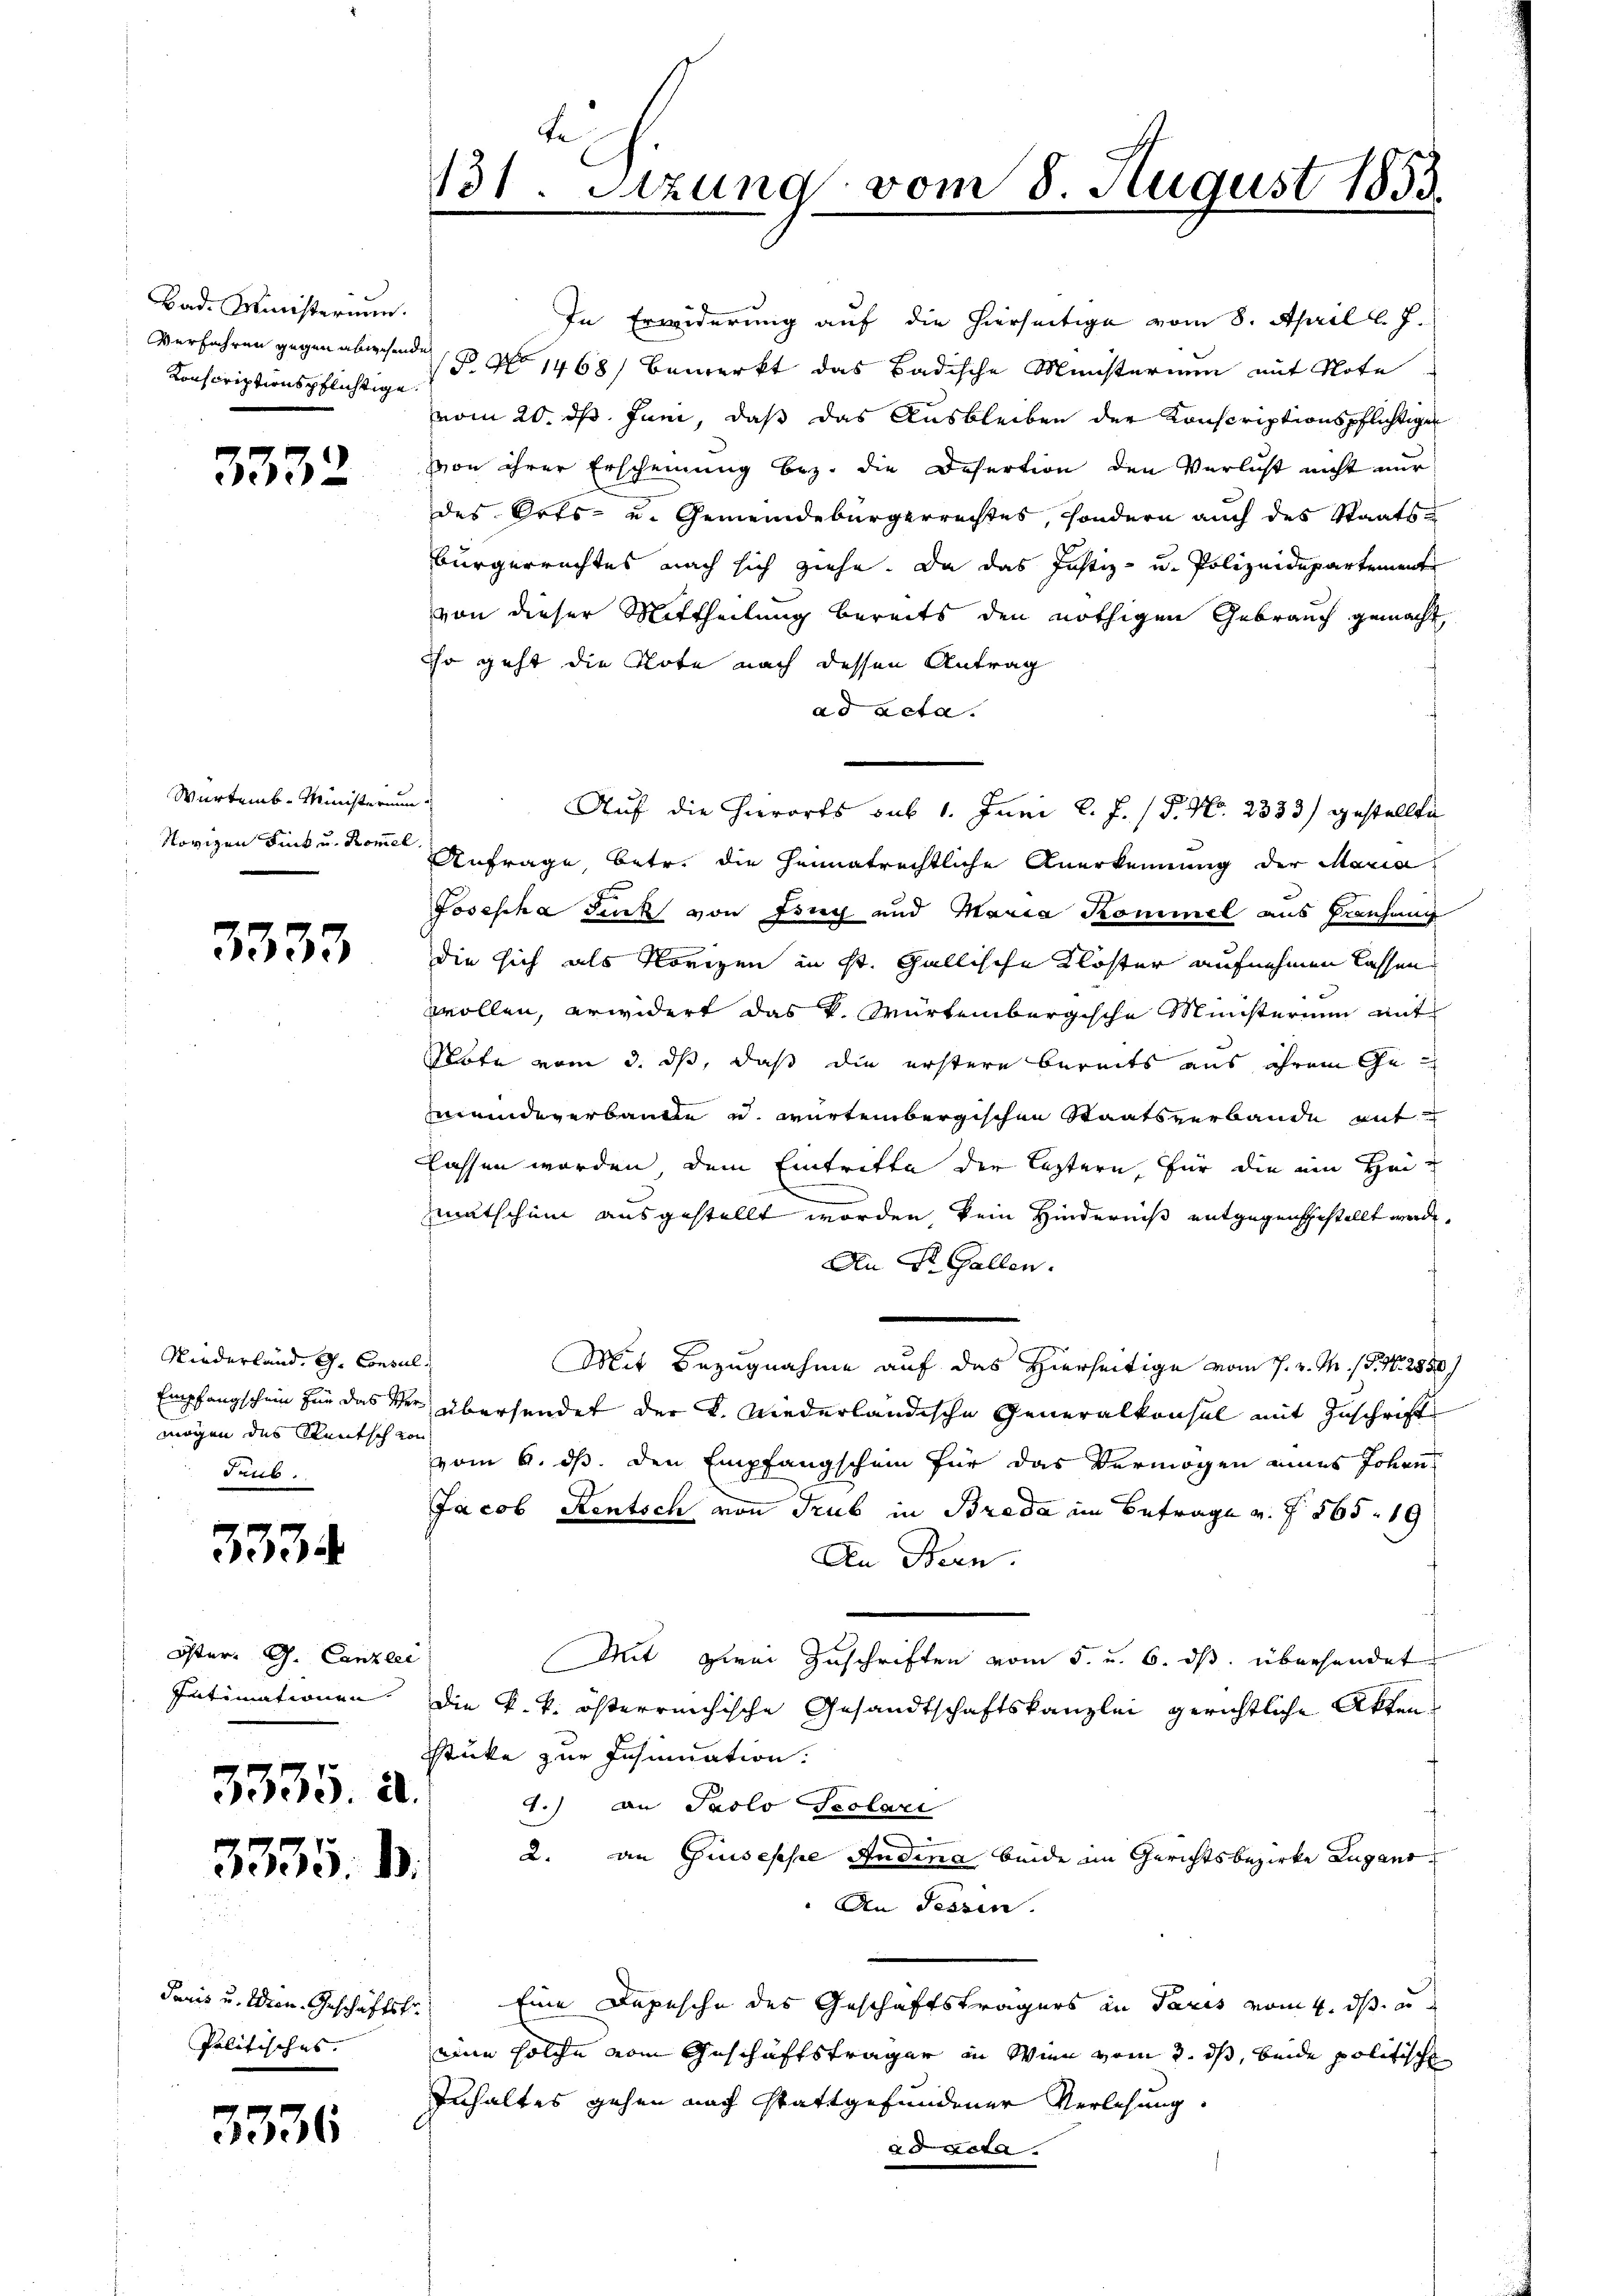
Bad. Ministerium.
Konscriptionspflichtige

332

Würtemb. Ministerium

3333

Niederland. G. Consul
mögen des Reutsch von
Prub.

3334

Öster. G. Canzlei
3935. a.

3335. d.

Politisches. |

3336

te
131. Sitzung vom 8. August 1853.

In Erwiderung auf die hierseitige vom 8. April l. J.
Verfahren gegen abwesende No 1468) bemerkt das Badische Ministerium mit Note
vom 20. d. Juni, daß das Ausbleiben der Konscriptionspflichtige
von ihrer Erscheinung bez. die Desertion den Verlust nicht nur
des Orts- u. Gemeindebürgerrechtes, sondern auch des Staats¬
Bürgerrechtes nach sich ziehe. Da das Justiz- und Polizeidepartement
von dieser Mittheilung bereits den nöthigen Gebrauch gemacht
so geht die Note nach dessen Antrag
ad acta.
Auf die hierorts sub 1. Juni l. J. P. Nr. 2333) gestellte
Novizen Fink u. kam Anfrage, betr. die heimatrechtliche Anerkennung der Maria
Josepha Jeck von Fruch und Maria Kommel aus Prechung
die sich als Norizen in ist. Gallische Klöster aufnehmen lassen
wollen, erwidert das K. Würtembergische Ministerium mit
Note vom 3. ds, daß die erstere bereits aus ihrem Gemmeindeverbauten u. wartembergischen Staatsverbande mit
lassen worden, dem Eintritte der leztern, für die ein Heimatschein ausgestellt worden, kein Hinderniß entgegengestellt werde,
An St. Gallen.
Mit Bezugnahme auf das Hierseitige vom 7. v. M. (N. N. 2850)
Empfangschein für das Verübersendet der K. Niederländische Generalkonsul mit Zuschrift
vom 6. ds. den Empfangschein für das Vermögen eines Johan
Jacob Rentsch von Trub in Brada im Betrage v. Z. 565. 19
An Bern.
Mit zwei Zuschriften vom 5. u. 6. ds. überhandet
Intimationen. Die k. k. österreichische Gesandtschaftskanzlei gerichtliche Akten.
Stüke zur Insinuation.
1.) an Paslo Scolari
2. an Giuseppe Audina beide im Gerichtsbezirke Zugant
An Tessin.
Pacis u. Wien Geschäftsfr. Eine Depesche des Geschäftsträgers in Paris vom 4. ds. u
eine solche vom Geschäftsträger in Wien vom 3. ds, beide politische
Inhaltes gehen nach stattgefundener Verlesung.
 d geta